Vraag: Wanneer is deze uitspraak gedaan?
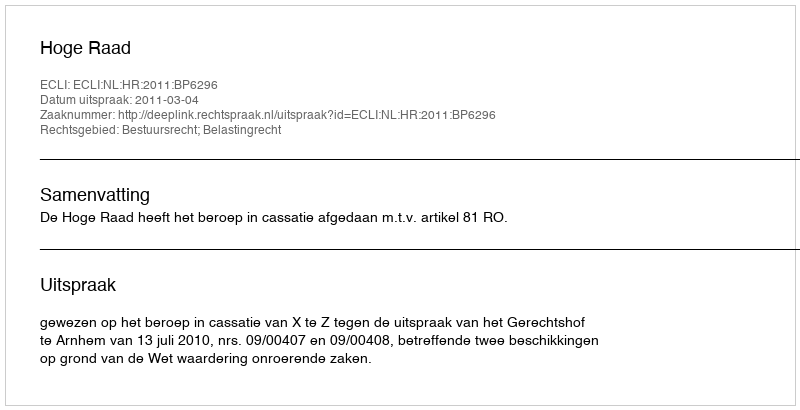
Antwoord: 2011-03-04